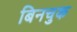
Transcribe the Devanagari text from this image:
बिनचुक